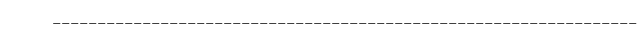
-----------------------------------------------------------------